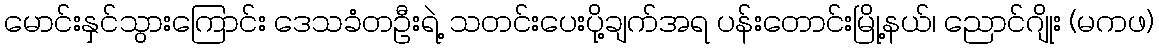
မောင်းနှင်သွားကြောင်း ဒေသခံတဦးရဲ့ သတင်းပေးပို့ချက်အရ ပန်းတောင်းမြို့နယ်၊ ညောင်ဂျိုး (မကဖ)